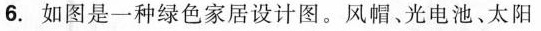
6.如图是一种绿色家居设计图。风帽、光电池、太阳